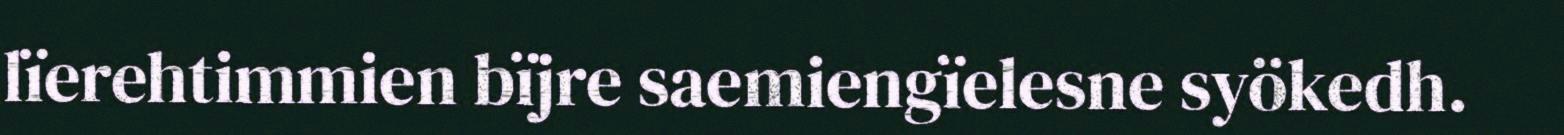
lïerehtimmien bïjre saemiengïelesne syökedh.